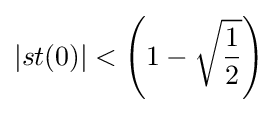
\left|st(0)\right|<\left(1-{\sqrt {\frac {1}{2}}}\right)